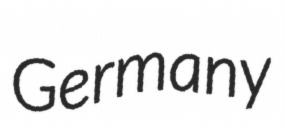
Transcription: Germany